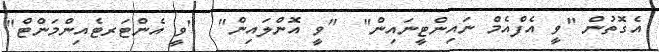
އެގޮތުން "ވީ އެފްއެމް ނައިންޓީނައިން"  "ވީ އޮންލައިން"  "ވީ އެންޓަރޓެއިންމަންޓް"